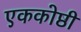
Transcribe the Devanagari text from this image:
एककोष्ठी